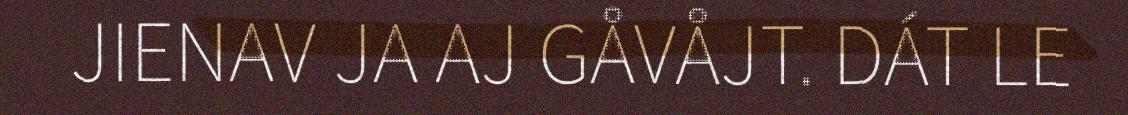
JIENAV JA AJ GÅVÅJT. DÁT LE